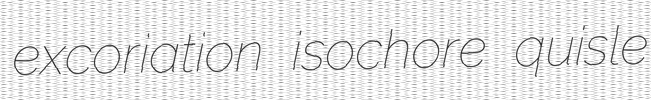
excoriation isochore quisle